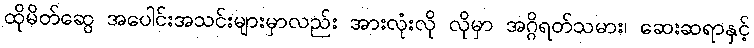
ထိုမိတ်ဆွေ အပေါင်းအသင်းများမှာလည်း အားလုံးလို လိုမှာ အဂ္ဂိရတ်သမား၊ ဆေးဆရာနှင့်